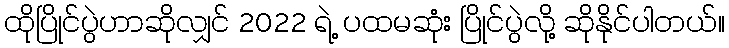
ထိုပြိုင်ပွဲဟာဆိုလျှင် 2022 ရဲ့ ပထမဆုံး ပြိုင်ပွဲလို့ ဆိုနိုင်ပါတယ်။